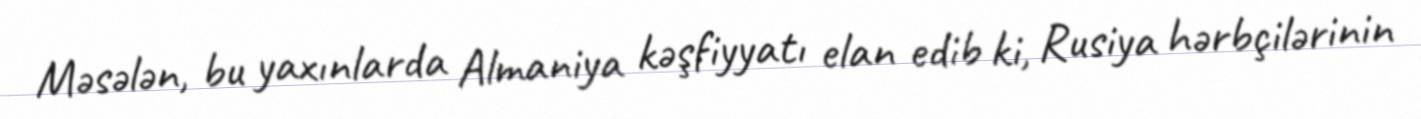
Məsələn, bu yaxınlarda Almaniya kəşfiyyatı elan edib ki, Rusiya hərbçilərinin